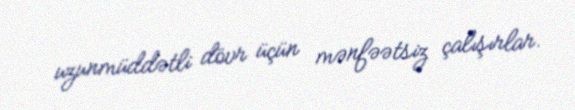
uzunmüddətli dövr üçün mənfəətsiz çalışırlar.